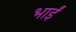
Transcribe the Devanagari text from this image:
भाईं